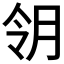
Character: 𱢸